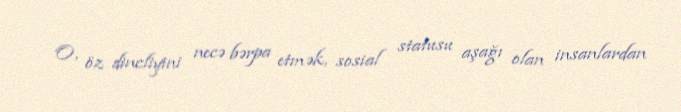
O, öz dincliyini necə bərpa etmək, sosial statusu aşağı olan insanlardan